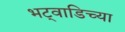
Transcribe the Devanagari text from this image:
भट्वाडिच्या